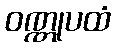
ဝဏ္ဏုပထံ